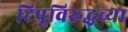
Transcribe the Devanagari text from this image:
टिपूविरूद्धच्या